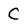
Character: c